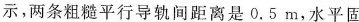
示，两条粗糙平行导轨间距离是0.5m，水平固